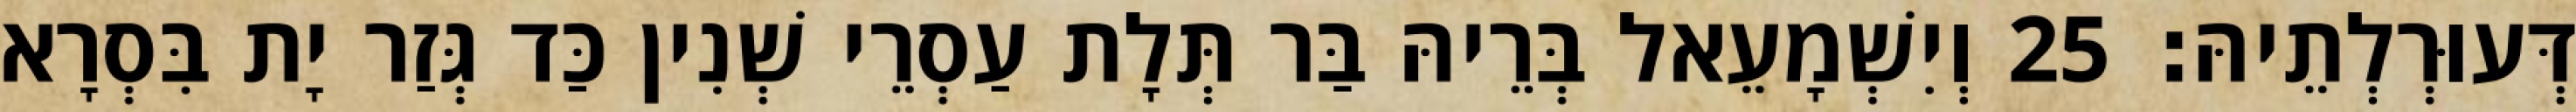
דְּעוּרְלְתֵיהּ׃ 25 וְיִשְׁמָעֵאל בְּרֵיהּ בַּר תְּלָת עַסְרֵי שְׁנִין כַּד גְּזַר יָת בִּסְרָא